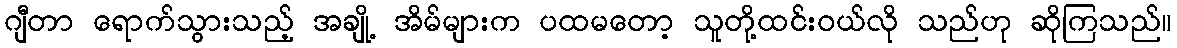
ဂျီတာ ရောက်သွားသည့် အချို့ အိမ်များက ပထမတော့ သူတို့ထင်းဝယ်လို သည်ဟု ဆိုကြသည်။